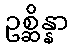
ဥစ္ဆိန္နာ